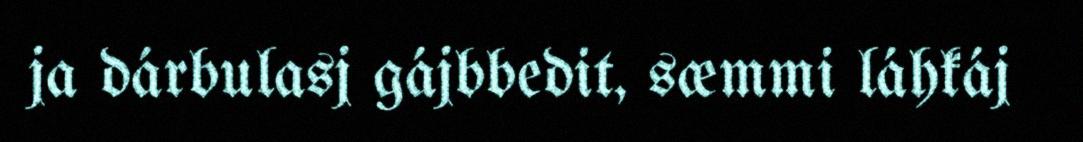
ja dárbulasj gájbbedit, sæmmi láhkáj